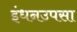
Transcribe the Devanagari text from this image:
इंधनउपसा